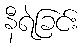
နီရဲခြင်း